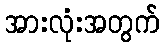
အားလုံးအတွက်